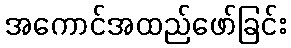
အကောင်အထည်ဖော်ခြင်း